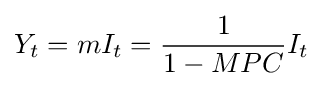
Y_{t}=mI_{t}={\frac {1}{1-MPC}}I_{t}